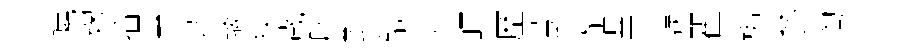
曉麹插專送璃狭歲膠對鎬井暉歷甍諺沾恙誤瞿梅参淘